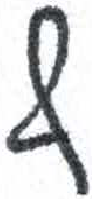
אות: ף